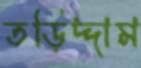
তড়িদ্দাম